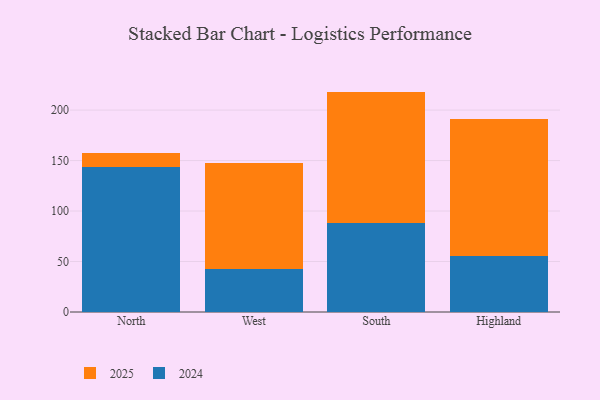
{"axis": {"x": "Region", "y": "Energy Usage (MWh)"}, "legend": ["2024", "2025"], "data": [{"x": "North", "y": 143.6, "type": "2024"}, {"x": "North", "y": 14.1, "type": "2025"}, {"x": "West", "y": 43.0, "type": "2024"}, {"x": "West", "y": 104.2, "type": "2025"}, {"x": "South", "y": 87.9, "type": "2024"}, {"x": "South", "y": 130.4, "type": "2025"}, {"x": "Highland", "y": 55.3, "type": "2024"}, {"x": "Highland", "y": 135.5, "type": "2025"}]}